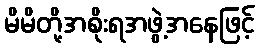
မိမိတို့အစိုးရအဖွဲ့အနေဖြင့်